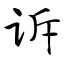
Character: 诉